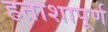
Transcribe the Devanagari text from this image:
हताशापूर्ण